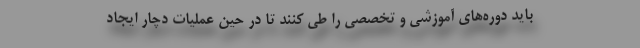
باید دوره‌های آموزشی و تخصصی را طی کنند تا در حین عملیات دچار ایجاد